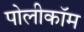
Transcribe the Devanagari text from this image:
पोलीकॉम